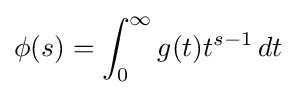
\phi (s)=\int _{0}^{\infty }g(t)t^{s-1}\,dt